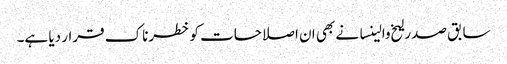
سابق صدر لیخ والینسا نے بھی ان اصلاحات کو خطرناک قرار دیا ہے۔